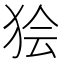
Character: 狯